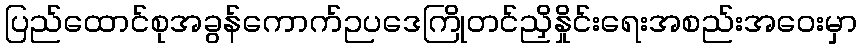
ပြည်ထောင်စုအခွန်ကောက်ဉပဒေကြိုတင်ညှိနှိုင်းရေးအစည်းအဝေးမှာ